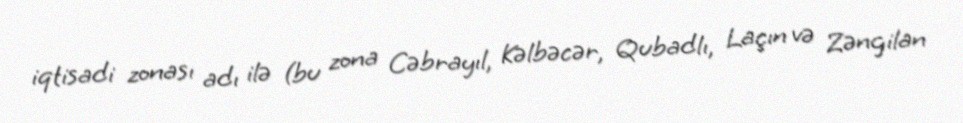
iqtisadi zonası adı ilə (bu zona Cəbrayıl, Kəlbəcər, Qubadlı, Laçın və Zəngilan